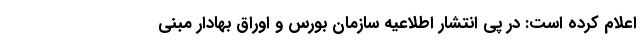
اعلام کرده است: در پی انتشار اطلاعیه سازمان بورس و اوراق بهادار مبنی